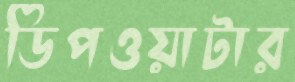
ডিপওয়াটার